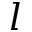
l